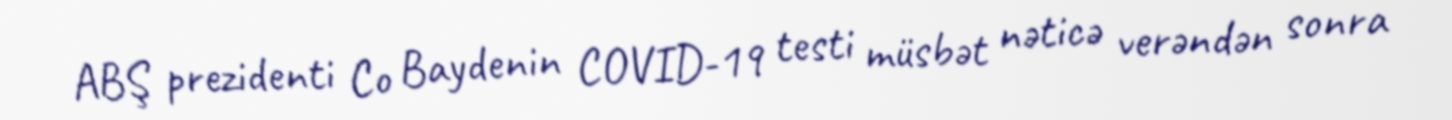
ABŞ prezidenti Co Baydenin COVID-19 testi müsbət nəticə verəndən sonra